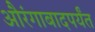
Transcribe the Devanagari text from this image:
औरंगाबादपर्यंत